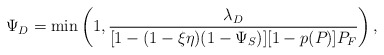
\begin{align*}\Psi_D = \min\left(1, \frac{\lambda_D}{[1-(1-\xi\eta)(1-\Psi_S)][1-p(P_{})]P_F}\right),\end{align*}